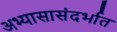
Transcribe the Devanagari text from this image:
अभ्यासासंदर्भात